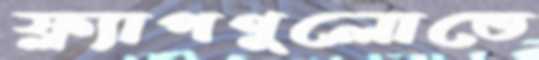
ফ্ল্যাপগুলোতে